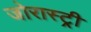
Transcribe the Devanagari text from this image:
जोरास्ट्री